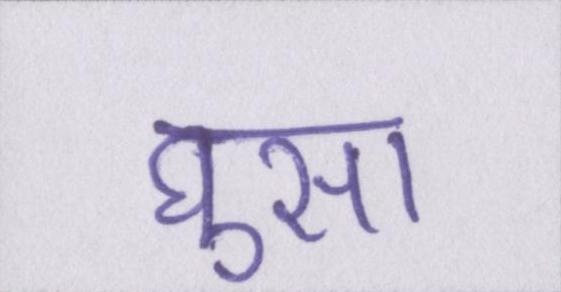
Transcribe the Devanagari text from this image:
घुसा